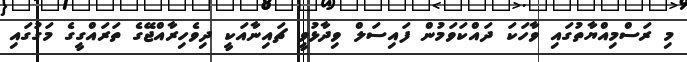
މި ރަސްމިއްޔާތުގައި ވާހަކަ ދައްކަވަމުން ފައިސަލް ވިދާޅުވީ ޗައިނާއަކީ ދިވެހިރާއްޖޭގެ ތަރައްގީގެ މަގުގައި